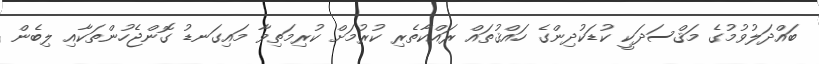
ބައްދަލުވުމުގެ މަޤްސަދަކީ ކުޑަކުދިންގެ ހައްޤުތައް ރައްކާތެރި ކުރުމަށް ކުރިމަތިވާ މައިގަނޑު ގޮންޖެހުންތަކާއި ލިބެން